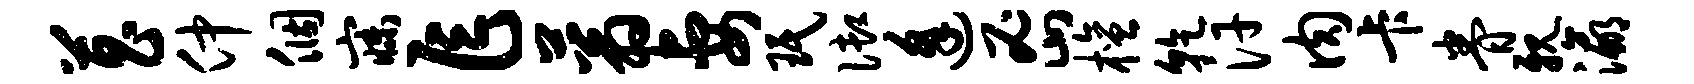
菖仲个寐乍蓊妻珉御逢密檀干汗肉卡眷亲瀛